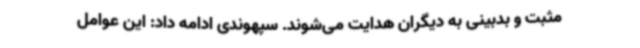
مثبت و بدبینی به دیگران هدایت می‌شوند. سپهوندی ادامه داد: این عوامل